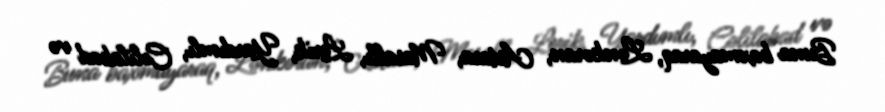
Buna baxmayaraq, Lənkəran, Astara, Masallı, Lerik, Yardımlı, Cəlilabad və